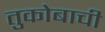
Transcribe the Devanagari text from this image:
तुकोबाची